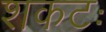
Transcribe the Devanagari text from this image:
शकटः